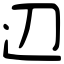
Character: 辺